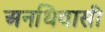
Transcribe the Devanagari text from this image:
अनधिवासी